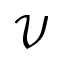
\mathcal { V }